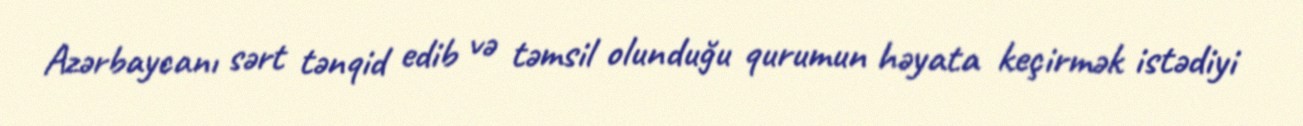
Azərbaycanı sərt tənqid edib və təmsil olunduğu qurumun həyata keçirmək istədiyi